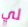
لي